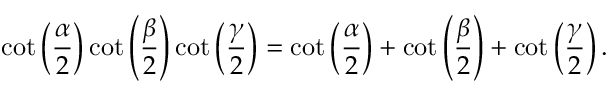
\cot \left( { \frac { \alpha } { 2 } } \right) \cot \left( { \frac { \beta } { 2 } } \right) \cot \left( { \frac { \gamma } { 2 } } \right) = \cot \left( { \frac { \alpha } { 2 } } \right) + \cot \left( { \frac { \beta } { 2 } } \right) + \cot \left( { \frac { \gamma } { 2 } } \right) .